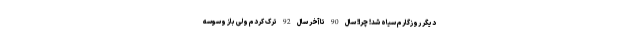
دیگر روزگارم سیاه شد! چرا! سال 90 تا آخر سال 92 ترک کردم ولی باز وسوسه